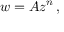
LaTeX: w = A z ^ { n } \, ,